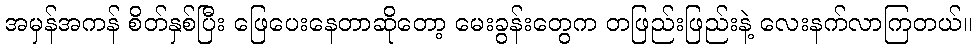
အမှန်အကန် စိတ်နှစ်ပြီး ဖြေပေးနေတာဆိုတော့ မေးခွန်းတွေက တဖြည်းဖြည်းနဲ့ လေးနက်လာကြတယ်။